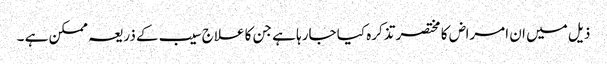
ذیل میں ان امراض کا مختصر تذکرہ کیا جارہا ہے جن کا علاج سیب کے ذریعہ ممکن ہے ۔